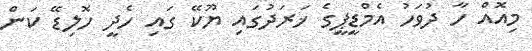
މިއޮއް ހާ ދުވަހު އެމްޑީޕީގެ ޚަރަދުގައި ޔޫކޭ ގައި ހެދީ ހޮލިޑޭ ކަން